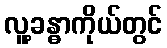
လူ့ခန္ဓာကိုယ်တွင်